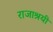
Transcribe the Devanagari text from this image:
राजाश्रयी